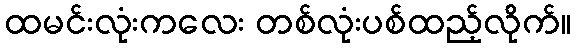
ထမင်းလုံးကလေး တစ်လုံးပစ်ထည့်လိုက်။